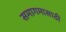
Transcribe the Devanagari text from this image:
समागमासाठी